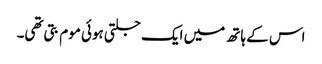
اس کے ہاتھ میں ایک جلتی ہوئی موم بتی تھی۔